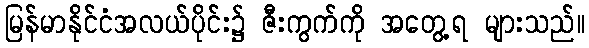
မြန်မာနိုင်ငံအလယ်ပိုင်း၌ ဇီးကွက်ကို အတွေ့ရ များသည်။